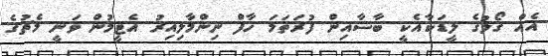
އެއް ގޯލުގެ ލީޑަކާއެކީ ބާސާއިން ފުރަތަމަ ހާފް ނިންމާލިއިރު އެޓީމުން ވަނީ މެޗުގެ